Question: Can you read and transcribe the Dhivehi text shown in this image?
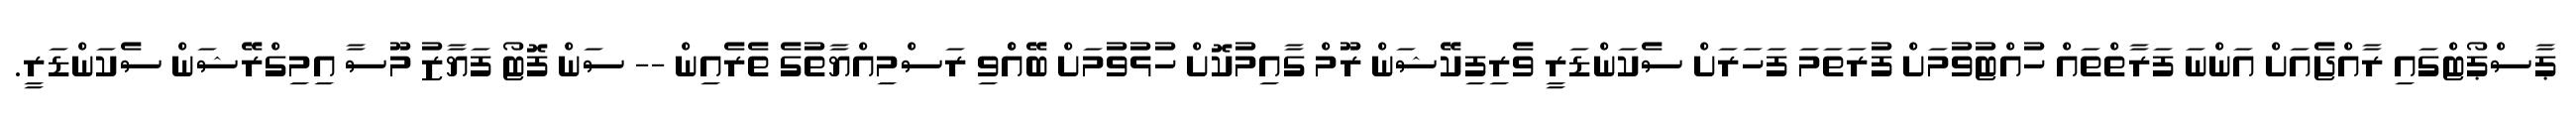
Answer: ޕާސްޕޯޓްގައި ރާއްޖެއަށް އަންނަ ފަރާތްތައް ހުއްޓުވުމަށް ފުރަތަމަ ފަހަރަށް ސެކަންޑަރީ ވެރިފިކޭޝަން ރޫމް ގާއިމުކޮށް ހުޅުވުމަށް ބޭއްްވި ރަސްމިއްޔާތުގެ ތެރެއިން -- ސަން ފޮޓޯ ފަޔާޒު މޫސާ އިމިގްރޭޝަން ސެކަންޑަރީ.